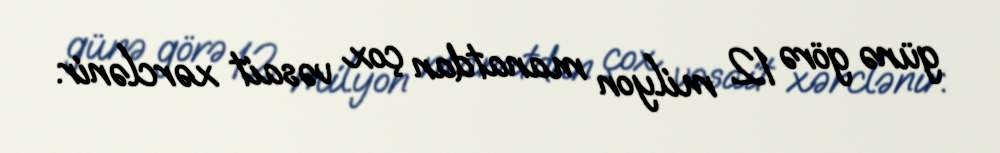
günə görə 12 milyon manatdan çox vəsait xərclənir.